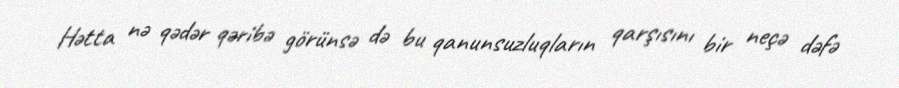
Hətta nə qədər qəribə görünsə də bu qanunsuzluqların qarşısını bir neçə dəfə